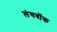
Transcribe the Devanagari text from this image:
लंचबॉक